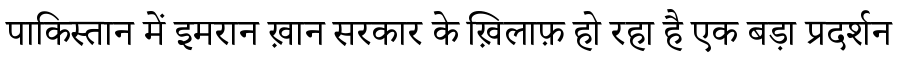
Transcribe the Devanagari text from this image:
पाकिस्तान में इमरान ख़ान सरकार के ख़िलाफ़ हो रहा है एक बड़ा प्रदर्शन